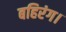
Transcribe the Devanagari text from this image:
बहिरंग।